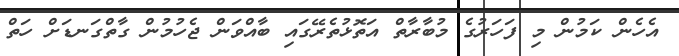
އެހެން ކަމުން މި ފަހަރުގެ މުބާރާތް އަތޮޅުތެރޭގައި ބާއްވަން ޖެހުމުން ގާތްގަނޑަށް ހަތް